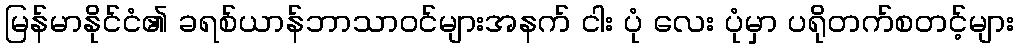
မြန်မာနိုင်ငံ၏ ခရစ်ယာန်ဘာသာဝင်များအနက် ငါး ပုံ လေး ပုံမှာ ပရိုတက်စတင့်များ